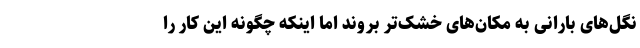
نگل‌های بارانی به مکان‌های خشک‌تر بروند اما اینکه چگونه این کار را